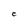
Character: C